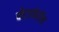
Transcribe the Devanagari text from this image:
बीटाफेरॉन